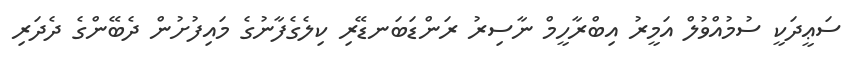
ސަޢީދަކީ ސުމުއްވުލް އަމީރު އިބްރާހީމް ނާސިރު ރަންޑަބަނޑޭރި ކިލެގެފާނުގެ މައިފުށުން ދެބޭންގެ ދެދަރި